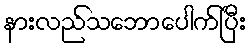
နားလည်သဘောပေါက်ပြီး